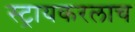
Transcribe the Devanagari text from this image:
स्ट्रायकरलाच